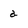
Character: a